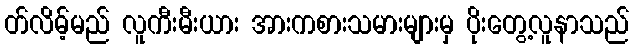
တ်လိမ့်မည် လူကီးမီးယား အားကစားသမားများမှ ပိုးတွေ့လူနာသည်